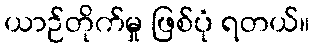
ယာဉ်တိုက်မှု ဖြစ်ပုံ ရတယ်။